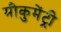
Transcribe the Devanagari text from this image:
मौकुमेंट्री